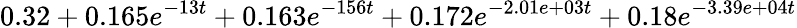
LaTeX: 0.32+0.165e^{-13t}+0.163e^{-156t}+0.172e^{-2.01e+03t}+0.18e^{-3.39e+04t}